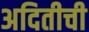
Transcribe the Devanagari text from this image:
अदितीची